Leningradi_Edasi_toimetus, lk 32
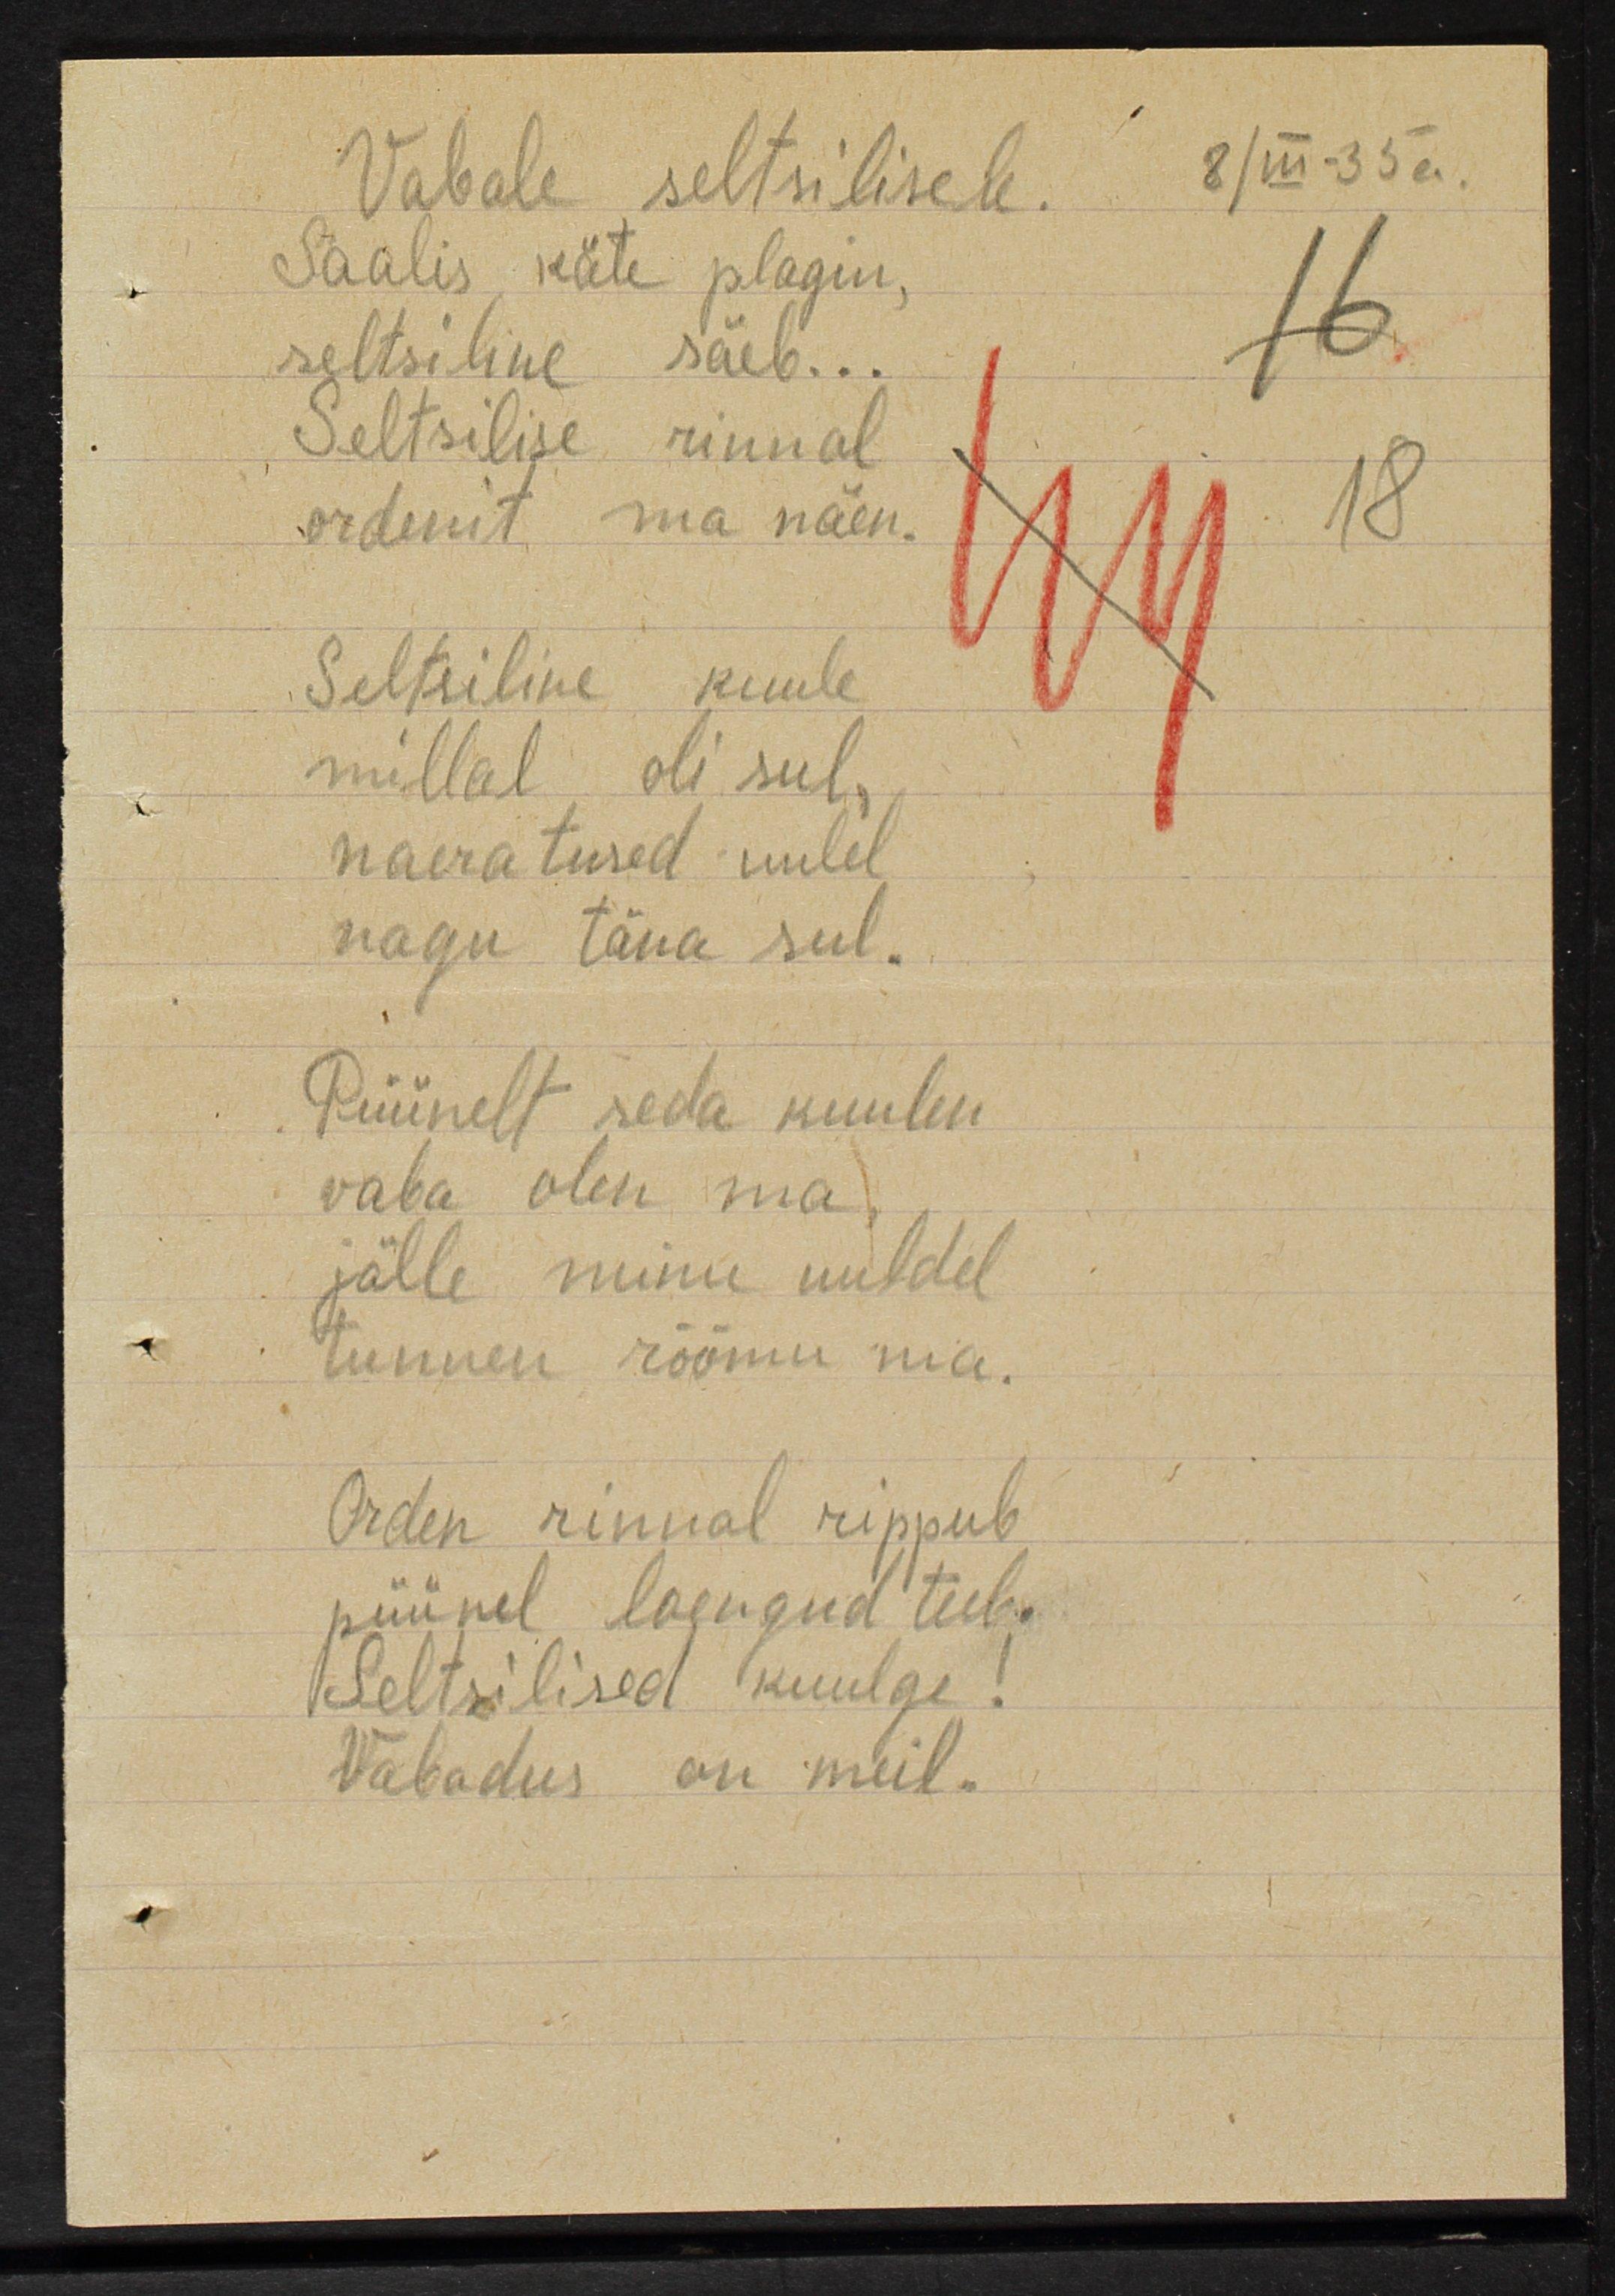
Vabale seltsilisele
Saalis käte plagin,
seltsiline säeb
Seltsilise rinnal
ordenit ma näen
Seltsiline kuule
millal oli sul,
naeratused uulel
nagu täna sul.
Püünelt seda kuulen
vaba olen ma
jälle minu uuldel
tunnen rõõmu ma.
orden rinnal rippub
püünel loengud teeb.
Seltsiline kuulge
Vabadus on meil.

8/III-35a
16